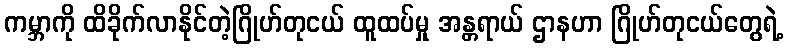
ကမ္ဘာကို ထိခိုက်လာနိုင်တဲ့ဂြိုဟ်တုငယ် ထူထပ်မှု အန္တရာယ် ဌာနဟာ ဂြိုဟ်တုငယ်တွေရဲ့